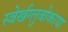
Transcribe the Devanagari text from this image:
स्वेर्खग्लुबोकाया